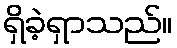
ရှိခဲ့ရှာသည်။